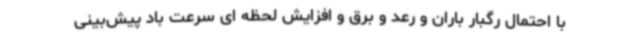
با احتمال رگبار باران و رعد و برق و افزایش لحظه ای سرعت باد پیش‌بینی